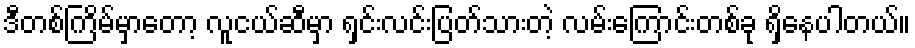
ဒီတစ်ကြိမ်မှာတော့ လူငယ်ဆီမှာ ရှင်းလင်းပြတ်သားတဲ့ လမ်းကြောင်းတစ်ခု ရှိနေပါတယ်။